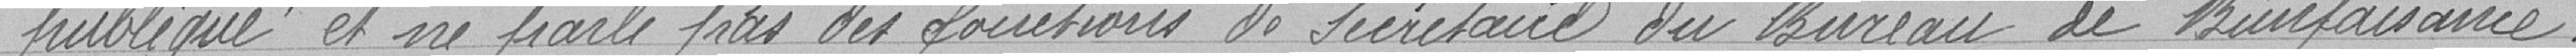
publique et ne parle pas des fonctions de secrétaire du Bureau de Bienfaisance